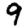
Digit: 9